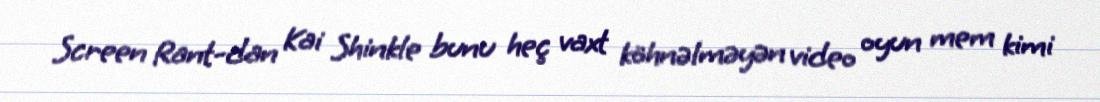
Screen Rant-dan Kai Shinkle bunu heç vaxt köhnəlməyən video oyun mem kimi